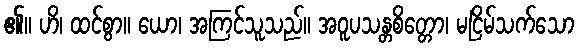
၏။ ဟိ၊ ထင်စွာ။ ယော၊ အကြင်သူသည်။ အဝူပသန္တစိတ္တော၊ မငြိမ်သက်သော